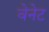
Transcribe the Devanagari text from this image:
वेनेट